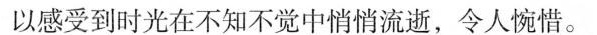
以感受到时光在不知不觉中悄悄流逝，令人惋惜。